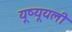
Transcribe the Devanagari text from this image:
यूष्यूयली